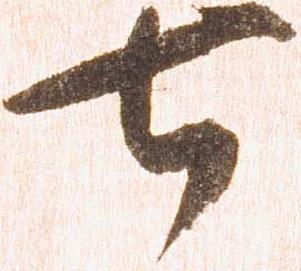
七